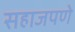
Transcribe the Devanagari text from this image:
सहाजपणे